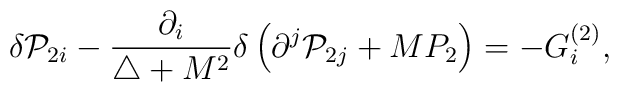
\delta {\cal P}_{2i}-\frac{\partial _i}{\triangle +M^2}\delta\left( \partial ^j{\cal P}_{2j}+MP_2\right) =-G_i^{(2)},